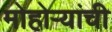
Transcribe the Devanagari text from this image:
मोहोऱ्यांची